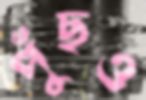
পুঁছও